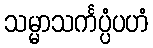
သမ္မာသင်္ကပ္ပံပဟံ